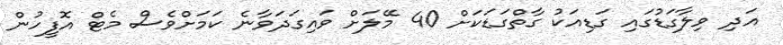
އަދި ވިލާގަޑުގައިި ގަޑިއަކު ގާތްގަޑަކަށް 40 މޭލަށް ވައިގަދަވާނެ ކަމަށްވެސް މެޓް އޮފީހުން